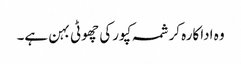
وہ اداکارہ کرشمہ کپورکی چھوٹی بہن ہے۔